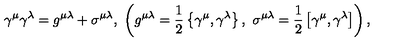
\gamma ^ { \mu } \gamma ^ { \lambda } = g ^ { \mu \lambda } + \sigma ^ { \mu \lambda } , \ \left( g ^ { \mu \lambda } = \frac { 1 } { 2 } \left\{ \gamma ^ { \mu } , \gamma ^ { \lambda } \right\} , \ \sigma ^ { \mu \lambda } = \frac { 1 } { 2 } \left[ \gamma ^ { \mu } , \gamma ^ { \lambda } \right] \right) ,